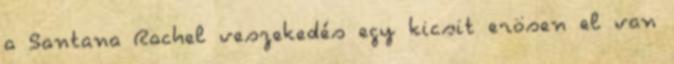
a Santana Rachel veszekedés egy kicsit erösen el van